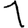
Digit: 1